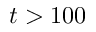
t > 1 0 0